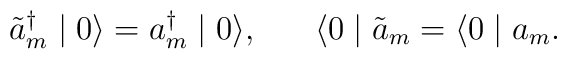
\tilde{a}^{\dagger}_{m} \mid 0 \rangle = a^{\dagger}_{m} \mid 0 \rangle, \;\;\;\;\;\; \langle 0 \mid \tilde{a}_{m} = \langle 0 \mid a_{m} .